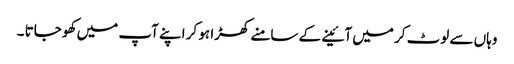
وہاں سے لوٹ کر میں آئینے کے سامنے کھڑا ہو کر اپنے آپ میں کھو جاتا ۔